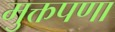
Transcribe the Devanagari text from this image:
मुक्तपणा